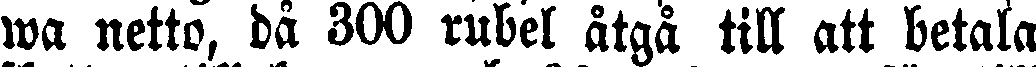
wa netto, då 300 rubel åtgå till att betala